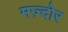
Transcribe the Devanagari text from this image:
मज़्दोर